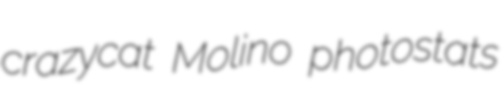
crazycat Molino photostats